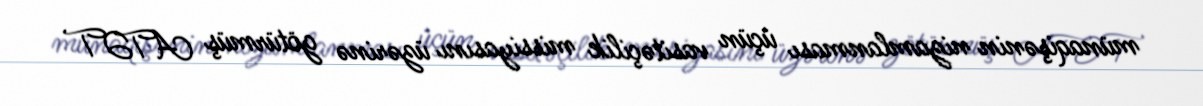
münaqişənin nizamlanması üçün vasitəçilik missiyasını üzərinə götürmüş ATƏT